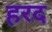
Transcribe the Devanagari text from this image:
हरद